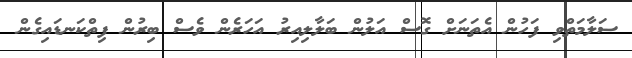
ސަލާމަތްވި ފަހުން އެތަނަށް ގޮސް އަލުން ބަލާލިއިރު އަހަރެން ވެސް ބިރުން ފިތްކަނޑައިގެން